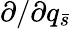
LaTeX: \partial/\partial{q_{\bar{s}}}